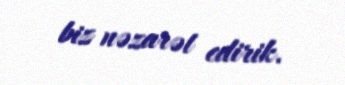
biz nəzarət edirik.